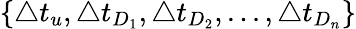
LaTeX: \{ \triangle t_{u},\triangle t_{D_{1}},\triangle t_{D_{2}},...,\triangle t_{D_{n}}\}